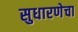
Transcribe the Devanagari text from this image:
सुधारणेचा